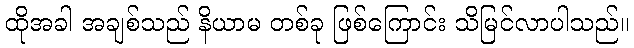
ထိုအခါ အချစ်သည် နိယာမ တစ်ခု ဖြစ်ကြောင်း သိမြင်လာပါသည်။